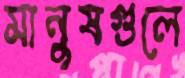
মানুষগুলে